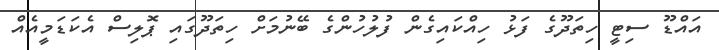
އައްޑޫ ސިޓީ ހިތަދޫގެ ފަޅު ހިއްކައިގެން ފުލުހުންގެ ބޭނުމަށް ހިތަދޫގައި ޕޮލިސް އެކަޑަމީއެއް